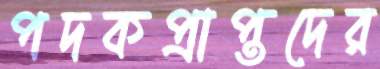
পদকপ্রাপ্তদের